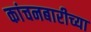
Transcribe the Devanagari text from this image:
कांचनबारीच्या